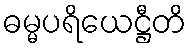
ဓမ္မပရိယေဋ္ဌီတိ